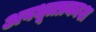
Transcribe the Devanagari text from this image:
अवधूतप्रकाश